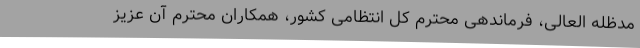
مدظله العالی، فرماندهی محترم کل انتظامی کشور، همکاران محترم آن عزیز